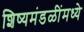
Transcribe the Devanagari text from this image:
शिष्यमंडळींमध्ये